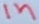
Text: in